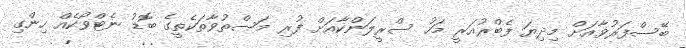
ބޭސްފަރުވާއަށް މިދިޔަ ފެބްރުއަރީ މަހު ސްރީލަންކާއަށް ފުރި މަސްތުވާތަކެތީގެ ބޮޑު ނެޓްވޯކެއް ހިންގި